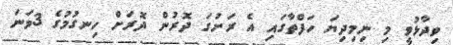
ވިދާޅުވީ މި ނިމިދިޔަ ހަފްތާގައި އެ ރަށުގަ ދޮރުން ދޮރަށް ހިނގުމުގެ 3ވަނަ